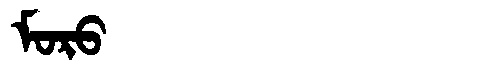
Manchu: ᠮᠣᡵᠣ
Romanization: MORO